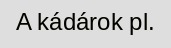
A kádárok pl.